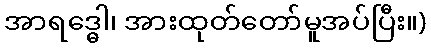
အာရဒ္ဓေါ၊ အားထုတ်တော်မူအပ်ပြီး။)